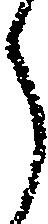
ら